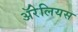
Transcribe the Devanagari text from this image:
ॲरेलियस